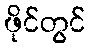
ဖိုင်တွင်